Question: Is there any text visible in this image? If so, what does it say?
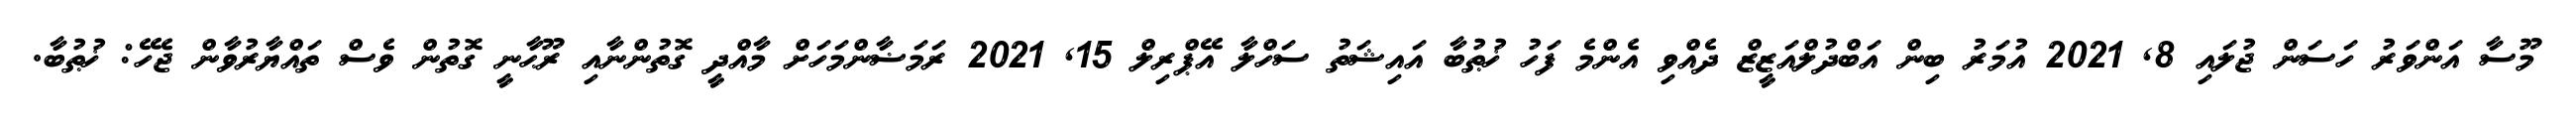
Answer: މޫސާ އަންވަރު ހަސަން ޖުލައި 8, 2021 އުމަރު ބިން އަބްދުލްއަޒީޒް ދެއްވި އެންމެ ފަހު ޚުޠުބާ އައިޝަތު ސަހްލާ އޭޕްރިލް 15, 2021 ރަމަޟާންމަހަށް މާއްދީ ގޮތުންނާއި ރޫޙާނީ ގޮތުން ވެސް ތައްޔާރުވާން ޖެހޭ: ޚުޠުބާ.